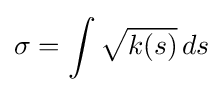
\sigma =\int {\sqrt {k(s)}}\,ds